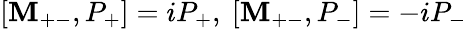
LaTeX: [\mathbf{M}_{+-},P_{+}]=iP_{+},\ [\mathbf{M}_{+-},P_{-}]=-iP_{-}